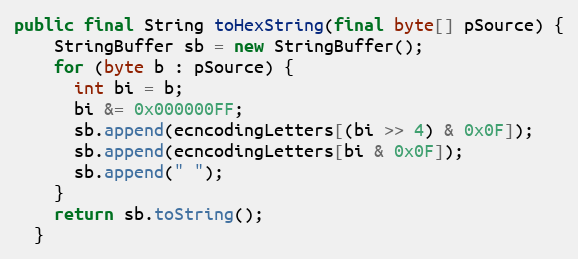
Language: Java
public final String toHexString(final byte[] pSource) {
    StringBuffer sb = new StringBuffer();
    for (byte b : pSource) {
      int bi = b;
      bi &= 0x000000FF;
      sb.append(ecncodingLetters[(bi >> 4) & 0x0F]);
      sb.append(ecncodingLetters[bi & 0x0F]);
      sb.append(" ");
    }
    return sb.toString();
  }